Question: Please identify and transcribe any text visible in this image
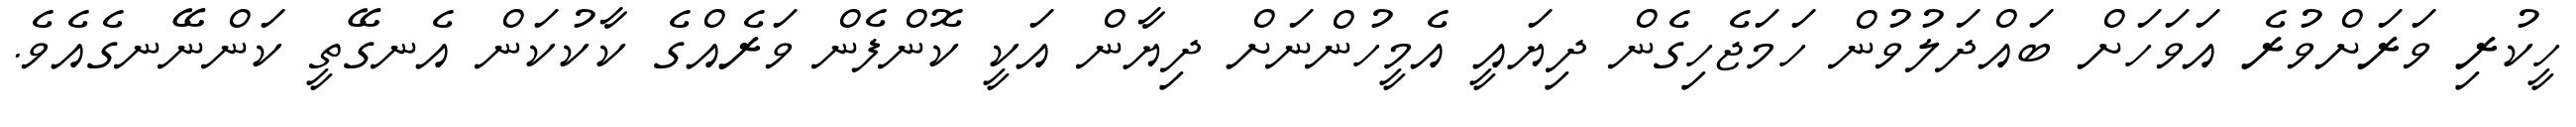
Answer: ހީކުރި ވަރަށްވުރެ އަވަހަށް ބައްދަލުވުން ހަމަޖެހިގެން ދިޔައީ އެމީހުންނަށް ދިޔާން އަކީ ކޮންފެން ވަރެއްގެ ކާކުކަން އެނގޭތީ ކަންނޭނގެއެވެ.